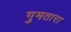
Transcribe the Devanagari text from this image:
गुमतारा